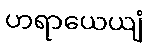
ဟရာယေယျံ